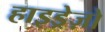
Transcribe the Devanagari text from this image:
हाइड्रेज़ो